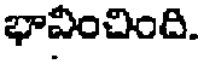
భావించింది.